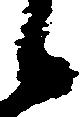
候